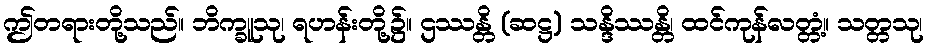
ဤတရားတို့သည်။ ဘိက္ခူသု၊ ရဟန်းတို့၌။ ဌဿန္တိ (ဆဋ္ဌ) သန္ဒိဿန္တိ၊ ထင်ကုန်လတ္တံ့။ သတ္တသု၊